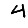
Digit: 4